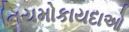
નિયમોકાયદાઓ